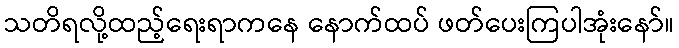
သတိရလို့ထည့်ရေးရာကနေ နောက်ထပ် ဖတ်ပေးကြပါအုံးနော်။